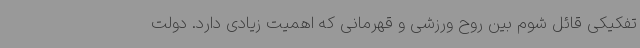
تفکیکی‌ قائل شوم بین روح ورزشی و قهرمانی که اهمیت زیادی دارد. دولت